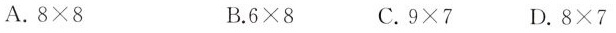
A.8 \times 8 B.6 \times 8 C.9 \times 7 D.8 \times 7